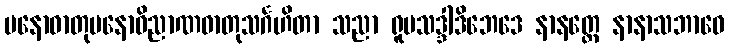
မနောဓာတုမနောဝိညာဏဓာတုသင်္ဂဟိတာ သညာ ရူပသဒ္ဒါဒိဘေဒေ နာနတ္တေ နာနာသဘာဝေ